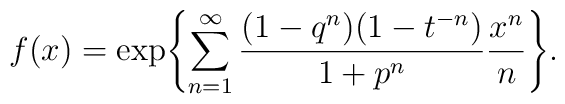
f(x)=\exp \Biggl\{ \sum_{n=1}^\infty { (1-q^n)(1-t^{-n}) \over 1+p^n} { x^n \over n} \Biggr\}.